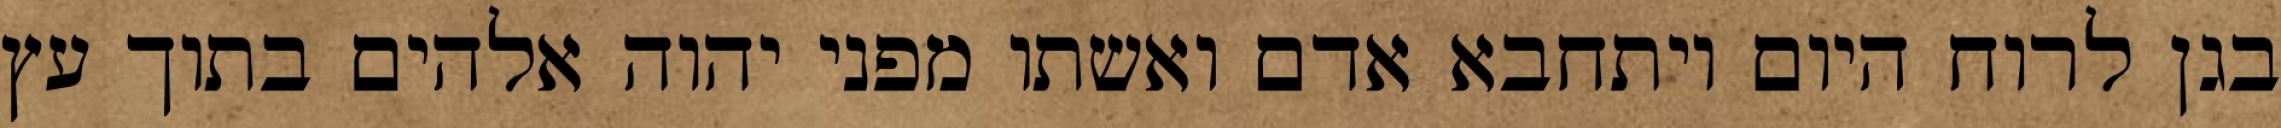
בגן לרוח היום ויתחבא אדם ואשתו מפני יהוה אלהים בתוך עץ